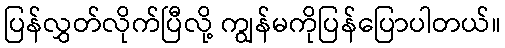
ပြန်လွှတ်လိုက်ပြီလို့ ကျွန်မကိုပြန်ပြောပါတယ်။